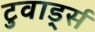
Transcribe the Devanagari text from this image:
टुवार्ड्स